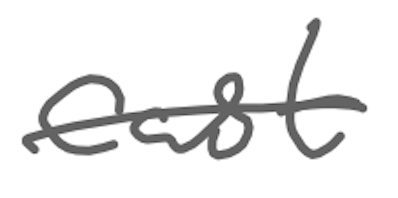
Text: cast
Cross-out: single-line
Writing tool: digital_gray